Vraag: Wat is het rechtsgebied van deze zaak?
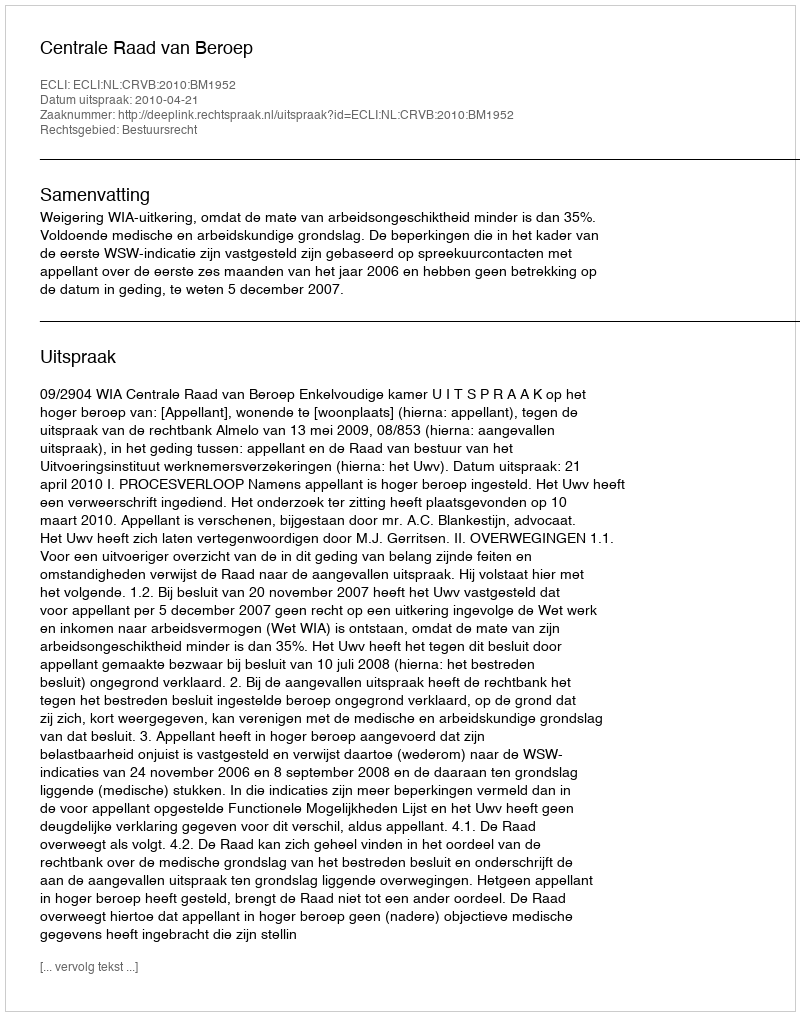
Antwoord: Bestuursrecht